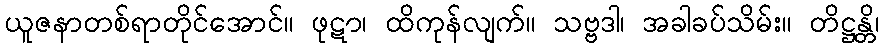
ယူဇနာတစ်ရာတိုင်အောင်။ ဖုဋာ၊ ထိကုန်လျက်။ သဗ္ဗဒါ၊ အခါခပ်သိမ်း။ တိဋ္ဌန္တိ၊